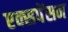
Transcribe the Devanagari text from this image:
एक्सपेंसन